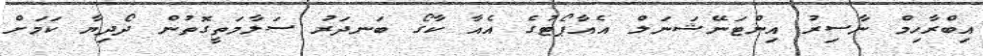
އިބްރާހިމް ނާސިރު އިންޓަނޭޝަނަލް އެއާޕޯޓުގެ އެއާ ކާގޯ ބަނދަރު ސަލާމަތީގޮތުން ދޯދިޔާ ކަމަށް